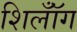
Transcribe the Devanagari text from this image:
शिलॉँग